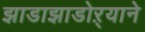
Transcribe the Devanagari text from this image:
झाडाझाडोऱ्याने